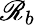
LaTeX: \mathscr{R}_{b}